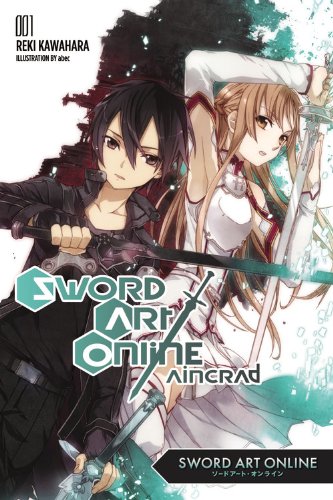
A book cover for Sword Art Online 1:  Aincrad; Reki Kawahara; Science Fiction & Fantasy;